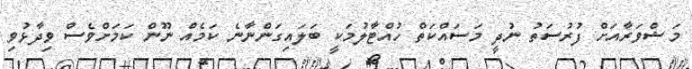
މަޝްވަރާއަށް ފުރުސަތު ނުދީ މަސައްކަތް ހުއްޓާލުމަކީ ބަލައިގަންނާނެ ކަަމެއް ނޫން ކަމަށްވެސް ވިދާޅުވި